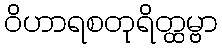
ဝိဟာရစတုရိတ္ထမ္ဗာ